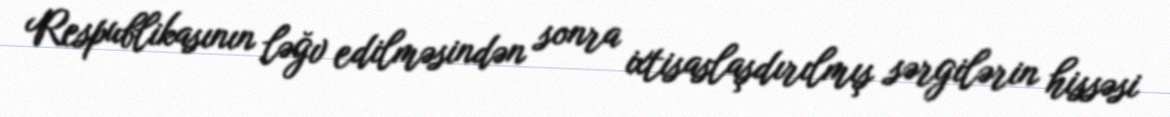
Respublikasının ləğv edilməsindən sonra ixtisaslaşdırılmış sərgilərin hissəsi